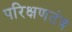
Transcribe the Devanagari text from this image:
परिक्षणतंत्र